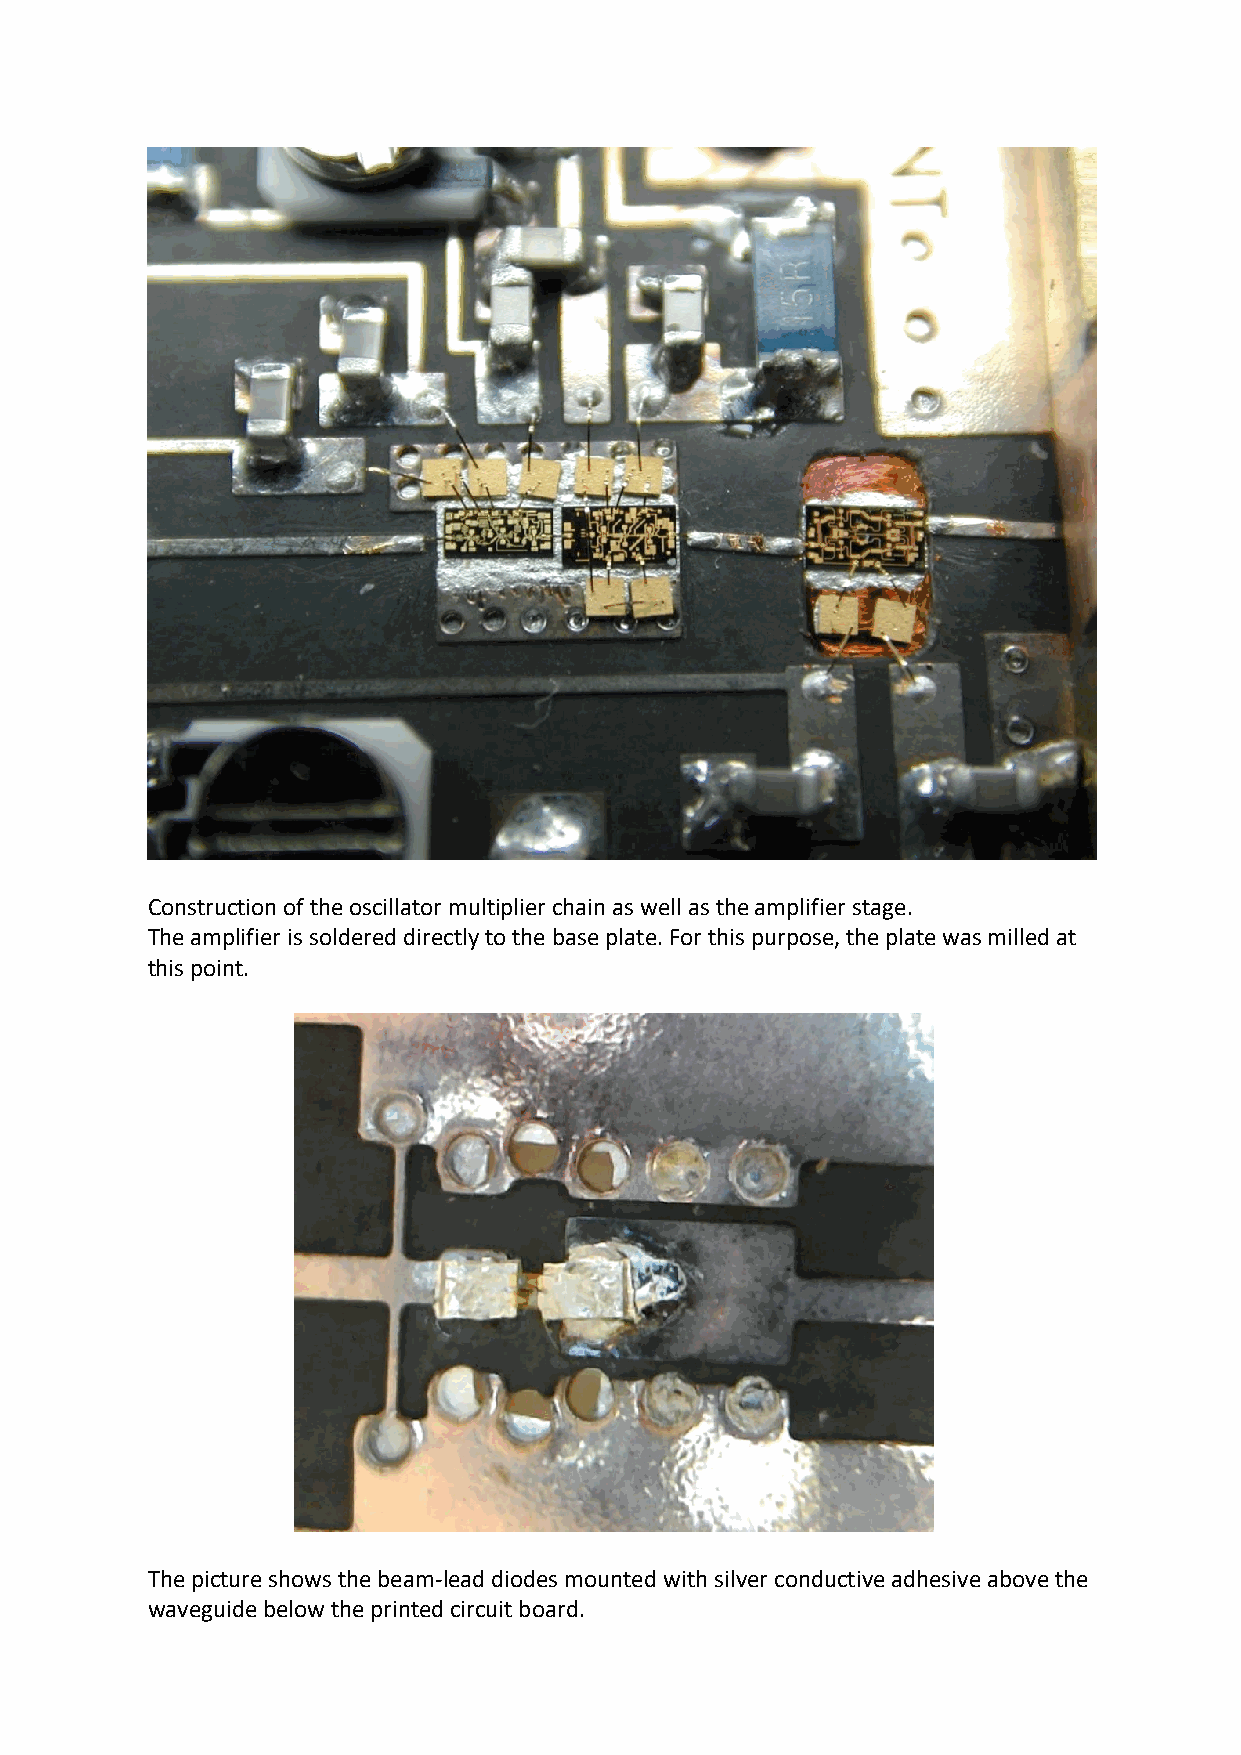
Construction of the oscillator multiplier chain as well as the amplifier stage.
 The amplifier is soldered directly to the base plate. For this purpose, the plate was milled at
 this point.
 The picture shows the beam-lead diodes mounted with silver conductive adhesive above the
 waveguide below the printed circuit board.